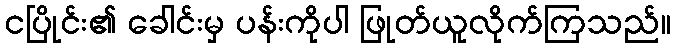
ငပြိုင်း၏ ခေါင်းမှ ပန်းကိုပါ ဖြုတ်ယူလိုက်ကြသည်။